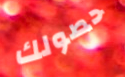
حصولك